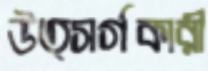
উত্সর্গকারী